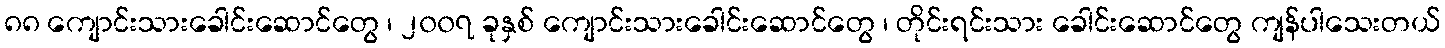
၈၈ ကျောင်းသားခေါင်းဆောင်တွေ ၊ ၂၀၀၇ ခုနှစ် ကျောင်းသားခေါင်းဆောင်တွေ ၊ တိုင်းရင်းသား ခေါင်းဆောင်တွေ ကျန်ပါသေးတယ်